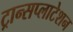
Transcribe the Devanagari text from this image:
ट्रान्सप्लाटेशन